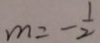
m = - \frac { 1 } { 2 }